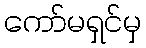
ကော်မရှင်မှ